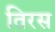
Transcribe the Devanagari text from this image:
तिरस